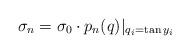
LaTeX: \begin{align*}\sigma_n = \sigma_0 \cdot p_n(q)|_{q_i = \tan y_i}\end{align*}